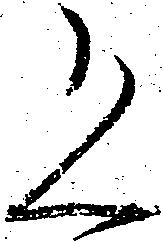
恐